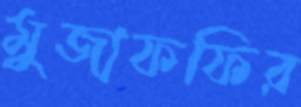
মুজাফফির